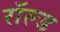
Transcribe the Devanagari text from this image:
रॉल्‍ड